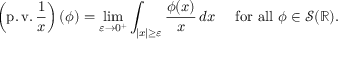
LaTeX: \left( \operatorname { p . v . } { \frac { 1 } { x } } \right) ( \phi ) = \operatorname* { l i m } _ { \varepsilon \to 0 ^ { + } } \int _ { | x | \geq \varepsilon } { \frac { \phi ( x ) } { x } } \, d x \quad { \mathrm { ~ f o r ~ a l l ~ } } \phi \in { \mathcal { S } } ( \mathbb { R } ) .